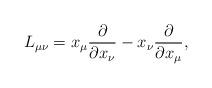
LaTeX: \begin{align*} L_{\mu\nu}&=x_\mu\frac{\partial}{\partial x_\nu}-x_\nu\frac{\partial}{\partial x_\mu},\end{align*}